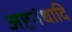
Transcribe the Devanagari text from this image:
अष्टगंधादि